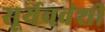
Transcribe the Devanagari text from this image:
सूर्यववंशी